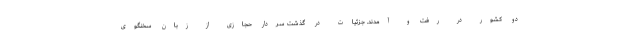
دو کشور در رفت و آمدند. جزئیات در گذشت سردار حجازی از زبان سخنگوی